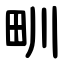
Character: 甽